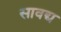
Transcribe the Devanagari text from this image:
सावद्य